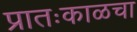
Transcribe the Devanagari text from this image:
प्रातःकाळचा